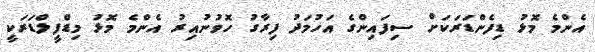
އެންމެ މޮޅު ޑިފެންޑަރަކަށް ސިފައިންގެ އަހުމަދު ފިރާގު ހޮވުނުއިރު އެންމެ މޮޅު މިޑްފީލްޑަރަކީ